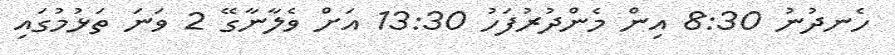
ހެނދުނު 8:30 އިން މެންދުރުފަހު 13:30 އަށް ވެލާނާގޭ 2 ވަނަ ތަޅުމުގައި